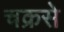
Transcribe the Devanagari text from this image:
चक्रसे